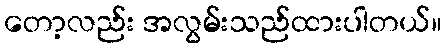
တော့လည်း အလွမ်းသည်ထားပါတယ်။